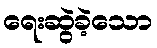
ရေးဆွဲခဲ့သော